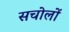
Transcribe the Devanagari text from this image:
सचोलों